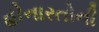
હોનારતોની